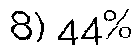
8) 44%